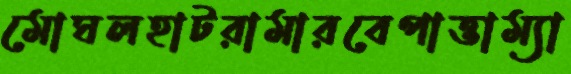
মোঘলহাটরামারবেপাত্তাম্যা